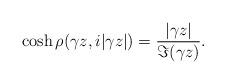
LaTeX: \begin{align*} \cosh \rho(\gamma z, i|\gamma z|) = \frac{|\gamma z|}{\Im(\gamma z)}.\end{align*}